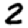
Digit: 2